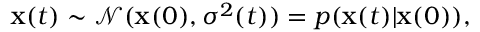
\mathbf { \boldsymbol { x } } ( t ) \sim \mathcal { N } ( \mathbf { \boldsymbol { x } } ( 0 ) , \sigma ^ { 2 } ( t ) ) = p ( \mathbf { \boldsymbol { x } } ( t ) | \mathbf { \boldsymbol { x } } ( 0 ) ) ,